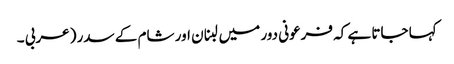
کہا جاتا ہے کہ فرعونی دور میں لبنان اور شام کے سدر (عربی ۔